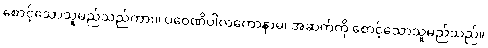
စောင့်သောသူမည်သည်ကား။ ပဝေဏိပါလကောနာမ၊ အဆက်ကို စောင့်သောသူမည်သည်။